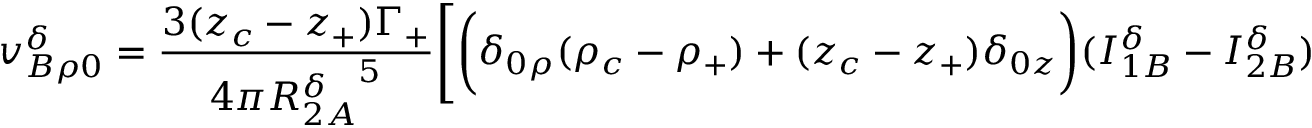
v _ { B \rho 0 } ^ { \delta } = \frac { 3 ( z _ { c } - z _ { + } ) \Gamma _ { + } } { 4 \pi { R _ { 2 A } ^ { \delta } } ^ { 5 } } \Bigg [ \bigg ( \delta _ { 0 \rho } ( \rho _ { c } - \rho _ { + } ) + ( z _ { c } - z _ { + } ) \delta _ { 0 z } \bigg ) ( I _ { 1 B } ^ { \delta } - I _ { 2 B } ^ { \delta } )